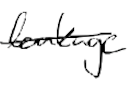
Text: leakage
Cross-out: single-line
Writing tool: digital_black